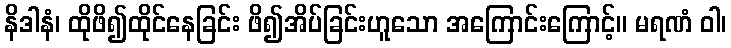
နိဒါနံ၊ ထိုဖိ၍ထိုင်နေခြင်း ဖိ၍အိပ်ခြင်းဟူသော အကြောင်းကြောင့်။ မရဏံ ဝါ၊